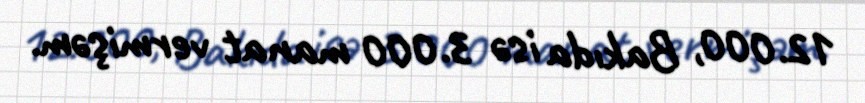
12.000, Bakıda isə 3.000 manat vermişəm.